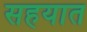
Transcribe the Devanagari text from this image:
सहयात